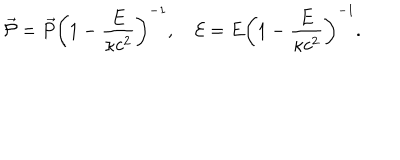
\vec { \cal { P } } = \vec { P } \left( 1 - \frac { E } { \kappa c ^ { 2 } } \right) ^ { - 1 } , \quad { \cal { E } } = E \left( 1 - \frac { E } { \kappa c ^ { 2 } } \right) ^ { - 1 } .